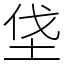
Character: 垡